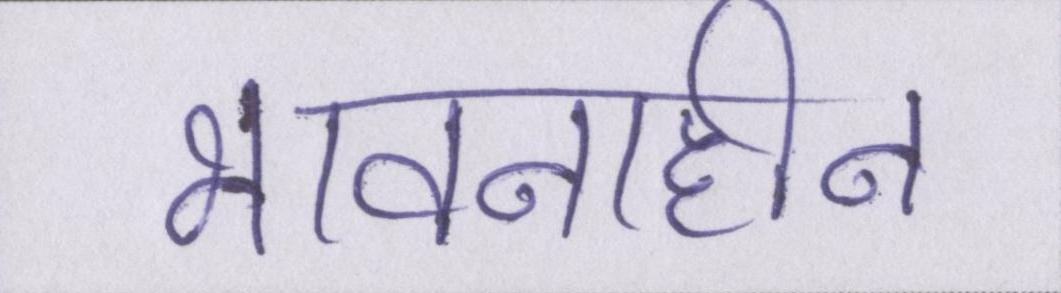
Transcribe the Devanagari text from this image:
भावनाहीन